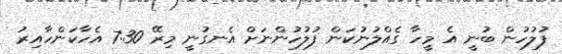
ފުލުހުން ބުނީ އެ މީހާ ގެއްލުނުކަން ފުލުހުންނަށް އެނގުނީ މިރޭ 7:30 އެހާކަންހާއިރު